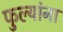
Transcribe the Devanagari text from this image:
फुल्यांना